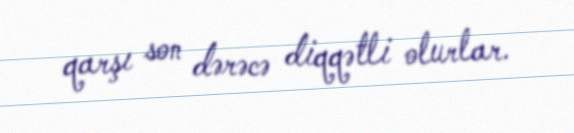
qarşı son dərəcə diqqətli olurlar.